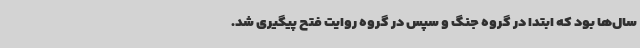
سال‌ها بود که ابتدا در گروه جنگ و سپس در گروه روایت فتح پیگیری شد.